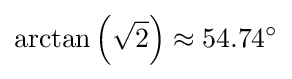
\arctan \left({\sqrt {2}}\right)\approx 54.74^{\circ }